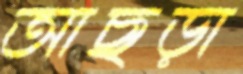
আছড়া